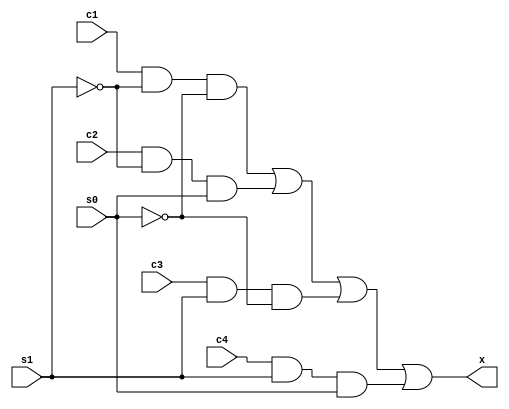
module mux4 (
  output x,
  input c1, c2, c3, c4, s1, s0
);
  wire s1_bar, s0_bar;
  wire t0, t1, t2, t3;

  not(s1_bar, s1);
  not(s0_bar, s0);

  and(t0, c1, s1_bar, s0_bar);
  and(t1, c2, s1_bar, s0);
  and(t2, c3, s1, s0_bar);
  and(t3, c4, s1, s0);

  or(x, t0, t1, t2, t3);

endmodule

module top;
  reg a, b, c, d;
  reg S1, S0;

  wire out;

  mux4 U0(out, a, b, c, d, S1, S0);



  initial begin
    a=1;b=0;c=1;d=0;
    #1 $display("a= %b, b= %b, c= %b, d= %b\n",a,b,c,d);
    
    S0=0;S1=0;
    #1 $display("S0= %b, S1= %b, out= %b\n",S0,S1,out);

    S0=1;S1=0;
    #1 $display("S0= %b, S1= %b, out= %b\n",S0,S1,out);

    S0=0;S1=1;
    #1 $display("S0= %b, S1= %b, out= %b\n",S0,S1,out);

    S0=1;S1=1;
    #1 $display("S0= %b, S1= %b, out= %b\n",S0,S1,out);

  end
  
endmodule